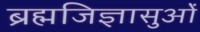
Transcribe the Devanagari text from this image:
ब्रह्मजिज्ञासुओं